Annual report of the Bengal Veterinary College and of the Civil Veterinary Department, Bengal, for the year 1909-1910 - 1909-1910
Year: 1909
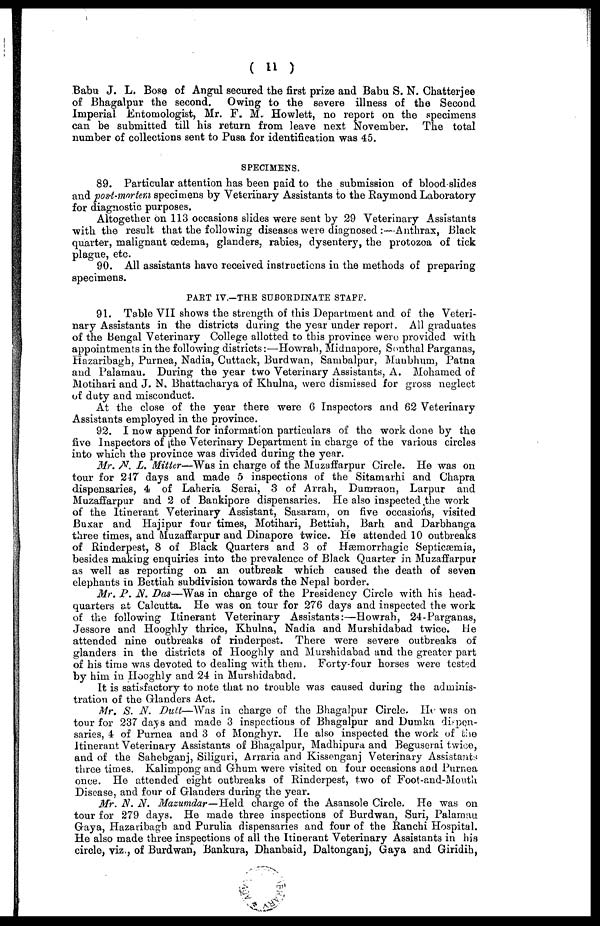
( 11 )
Babu J. L. Bose of Angul secured the first prize and Babu S. N. Chatterjee
of Bhagalpur the second. Owing to the severe illness of the Second
Imperial Entomologist, Mr. F. M. Howlett, no report on the specimens
can be submitted till his return from leave next November. The total
number of collections sent to Pusa for identification was 45.
SPECIMENS.
89. Particular attention has been paid to the submission of blood-slides
and post-mortem specimens by Veterinary Assistants to the Raymond Laboratory
for diagnostic purposes.
Altogether on 113 occasions slides were sent by 29 Veterinary Assistants
with the result that the following diseases were diagnosed :—Anthrax, Black
quarter, malignant oedema, glanders, rabies, dysentery, the protozoa of tick
plague, etc.
90. All assistants have received instructions in the methods of preparing
specimens.
PART IV.-THE SUBORDINATE STAFF.
91. Table VII shows the strength of this Department and of the Veteri-
nary Assistants in the districts during the year under report. All graduates
of the Bengal Veterinary College allotted to this province were provided with
appointments in the following districts:—Howrah, Midnapore, Sonthal Parganas,
Hazaribagh, Purnea, Nadia, Cuttack, Burdwan, Sambalpur, Manbhum, Patna
and Palamau. During the year two Veterinary Assistants, A. Mohamed of
Motihari and J. N. Bhattacharya of Khulna, were dismissed for gross neglect
of duty and misconduct.
At the close of the year there were 6 Inspectors and 82 Veterinary
Assistants employed in the province.
92. I now append for information particulars of the work done by the
five Inspectors of the Veterinary Department in charge of the various circles
into which the province was divided during the year.
Mr. N. L. Mitter—Was in charge of the Muzaffarpur Circle. He was on
tour for 217 days and made 5 inspections of the Sitamarhi and Chapra
dispensaries, 4 of Laheria Serai, 3 of Arrah, Dumraon, Larpur and
Muzaffarpur and 2 of Bankipore dispensaries. He also inspected the work
of the Itinerant Veterinary Assistant, Sasaram, on five occasions, visited
Buxar and Hajipur four times, Motihari, Bettiah, Barh and Darbhanga
three times, and Muzaffarpur and Dinapore twice. He attended 10 outbreaks
of Rinderpest, 8 of Black Quarters and 3 of Hæmorrhagic Septicæmia,
besides making enquiries into the prevalence of Black Quarter in Muzaffarpur
as well as reporting on an outbreak which caused the death of seven
elephants in Bettiah subdivision towards the Nepal border.
Mr. P. N. Das—Was in charge of the Presidency Circle with his head-
quarters at Calcutta. He was on tour for 276 days and inspected the work
of the following Itinerant Veterinary Assistants:—Howrah, 24-Parganas,
Jessore and Hooghly thrice, Khulna, Nadia and Murshidabad twice. He
attended nine outbreaks of rinderpest. There were severe outbreaks of
glanders in the districts of Hooghly and Murshidabad and the greater part
of his time was devoted to dealing with them. Forty-four horses were tested
by him in Hooghly and 24 in Murshidabad.
It is satisfactory to note that no trouble was caused during the adminis-
tration of the Glanders Act.
Mr. S. N. Dutt—Was in charge of the Bhagalpur Circle. He was on
tour for 237 days and made 3 inspections of Bhagalpur and Dumka dispen-
saries, 4 of Purnea and 3 of Monghyr. He also inspected the work of the
Itinerant Veterinary Assistants of Bhagalpur, Madhipura and Beguserai twice,
and of the Sahebganj, Siliguri, Arraria and Kissenganj Veterinary Assistants
three times. Kalimpong and Ghum were visited on four occasions and Purnea
once. He attended eight outbreaks of Rinderpest, two of Foot-and-Mouth
Disease, and four of Glanders during the year.
Mr. N. N. Mazumdar—Held charge of the Asansole Circle. He was on
tour for 279 days. He made three inspections of Burdwan, Suri, Palamau
Graya, Hazaribagh and Purulia dispensaries and four of the Ranchi Hospital.
He also made three inspections of all the Itinerant Veterinary Assistants in his
circle, viz., of Burdwan, Bankura, Dhanbaid, Daltonganj, Gaya and Giridih,